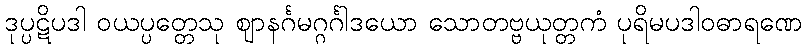
ဒုပ္ပဋိပဒါ ဝယပ္ပတ္တေသု ဈာနင်္ဂမဂ္ဂင်္ဂါဒယော သောတဗ္ဗယုတ္တကံ ပုရိမပဒါဝဓာရဏေ